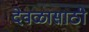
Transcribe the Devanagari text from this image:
देवळासाठी